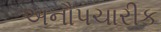
અનૌપચારીક